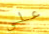
علي